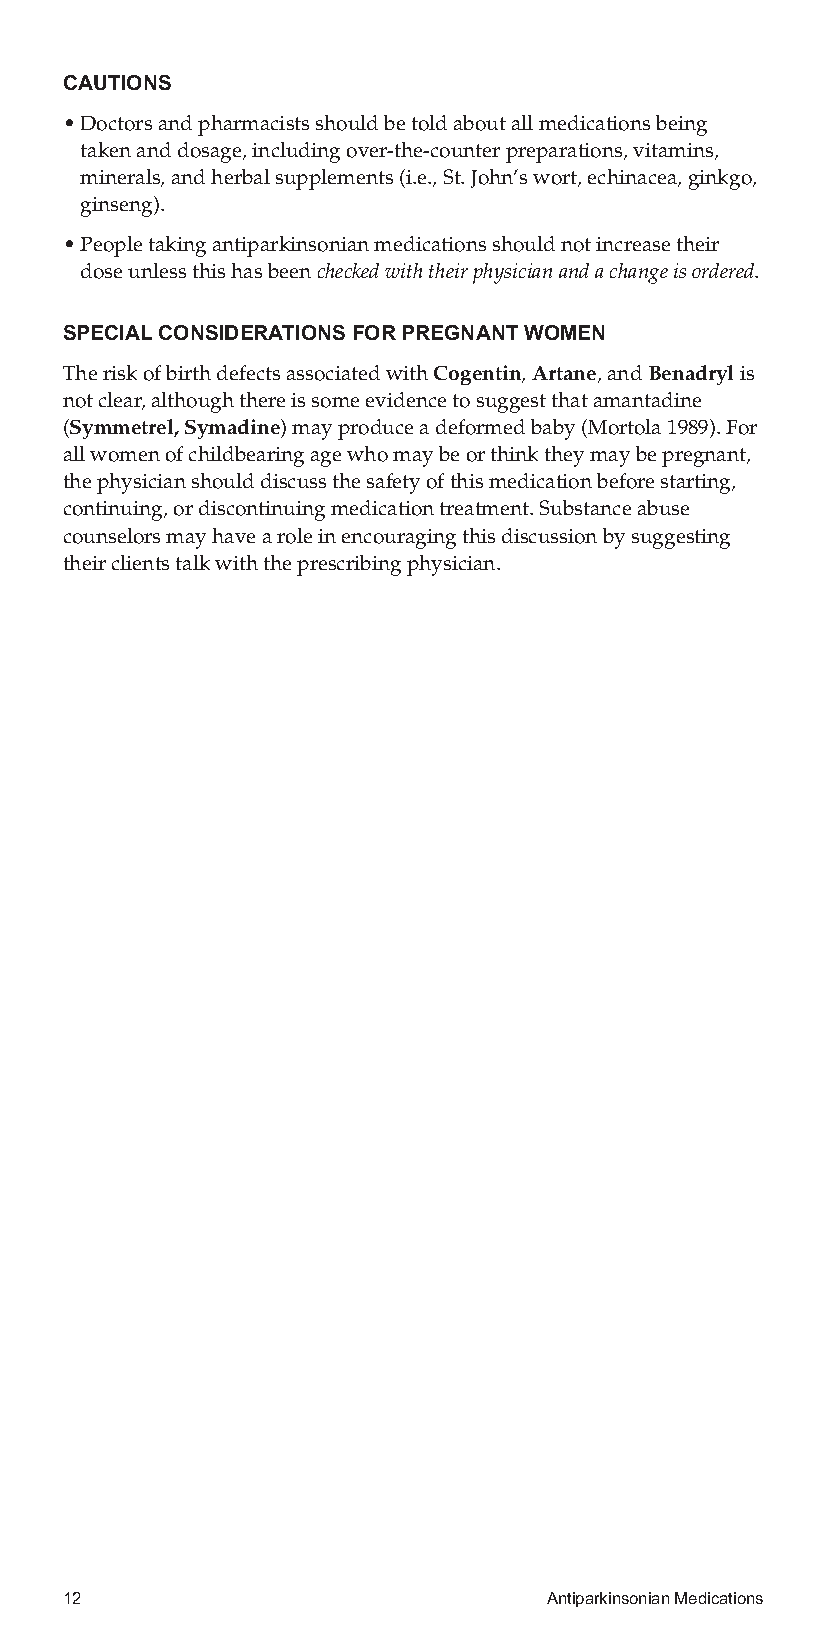
CAUTIONS
 •Doctorsandpharmacistsshouldbetoldaboutallmedicationsbeing
 takenanddosage,includingover-the-counterpreparations,vitamins,
 minerals,andherbalsupplements(i.e.,St.John’swort,echinacea,ginkgo,
 ginseng).
 •Peopletakingantiparkinsonianmedicationsshouldnotincreasetheir
 doseunlessthishasbeencheckedwiththeirphysicianandachangeisordered.
 SPECIALCONSIDERATIONSFORPREGNANTWOMEN
 TheriskofbirthdefectsassociatedwithCogentin,Artane,andBenadrylis
 notclear,althoughthereissomeevidencetosuggestthatamantadine
 (Symmetrel,Symadine)mayproduceadeformedbaby(Mortola1989).For
 allwomenofchildbearingagewhomaybeorthinktheymaybepregnant,
 thephysicianshoulddiscussthesafetyofthismedicationbeforestarting,
 continuing,ordiscontinuingmedicationtreatment.Substanceabuse
 counselorsmayhavearoleinencouragingthisdiscussionbysuggesting
 theirclientstalkwiththeprescribingphysician.
 12                              AntiparkinsonianMedications